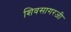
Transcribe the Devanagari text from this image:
शिवसागरजी